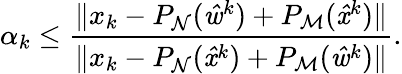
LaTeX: \alpha_{k}\leq\frac{\| x_{k}-P_{\mathrm{\mathcal{N}}}(\mathit{\hat{w}}^{k})+P_{\mathrm{\mathcal{M}}}(\mathit{\hat{x}}^{k})\| }{\| x_{k}-P_{\mathrm{\mathcal{N}}}(\mathit{\hat{x}}^{k})+P_{\mathrm{\mathcal{M}}}(\mathit{\hat{w}}^{k})\| }.